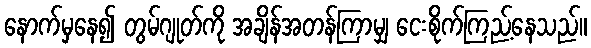
နောက်မှနေ၍ တွမ်ဂျုတ်ကို အချိန်အတန်ကြာမျှ ငေးစိုက်ကြည့်နေသည်။